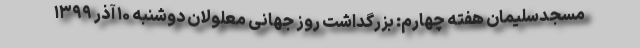
مسجدسلیمان هفته چهارم: بزرگداشت روز جهانی معلولان دوشنبه ۱۰ آذر ۱۳۹۹